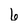
Character: 6